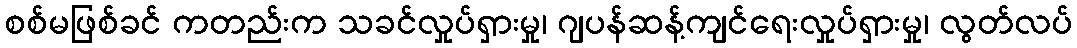
စစ်မဖြစ်ခင် ကတည်းက သခင်လှုပ်ရှားမှု၊ ဂျပန်ဆန့်ကျင်ရေးလှုပ်ရှားမှု၊ လွတ်လပ်